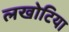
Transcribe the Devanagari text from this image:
लखोटिया